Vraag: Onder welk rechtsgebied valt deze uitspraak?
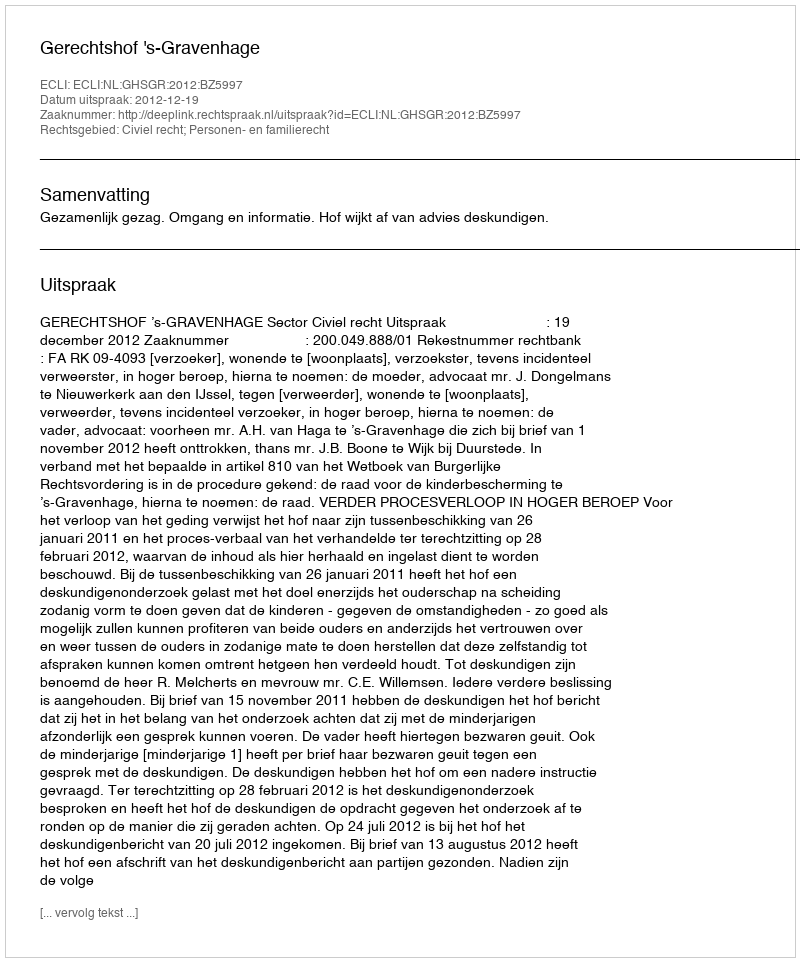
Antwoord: Civiel recht; Personen- en familierecht